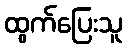
ထွက်ပြေးသူ